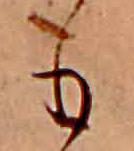
も